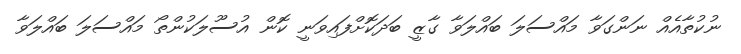
ނުކުތާއެއް ނަންގަވާ މައްސަލަ ބައްލަވާ ގާޒީ ބަދަކޮށްފައިވަނީ ކޮން އުސޫލަކުންތޯ މައްސަލަ ބައްލަވާ